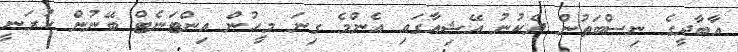
އާބާދީގެ ނިސްބަތުން ދެކުނު އޭޝިއާގައި އެންމެ ގިނަ މީހުން އިންޓަނެޓް ބޭނުން ކުރަނީ